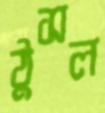
ঠুসল